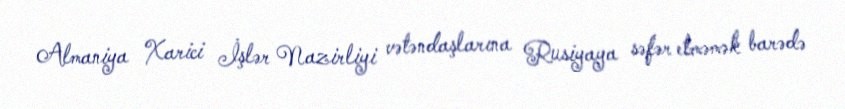
Almaniya Xarici İşlər Nazirliyi vətəndaşlarına Rusiyaya səfər etməmək barədə